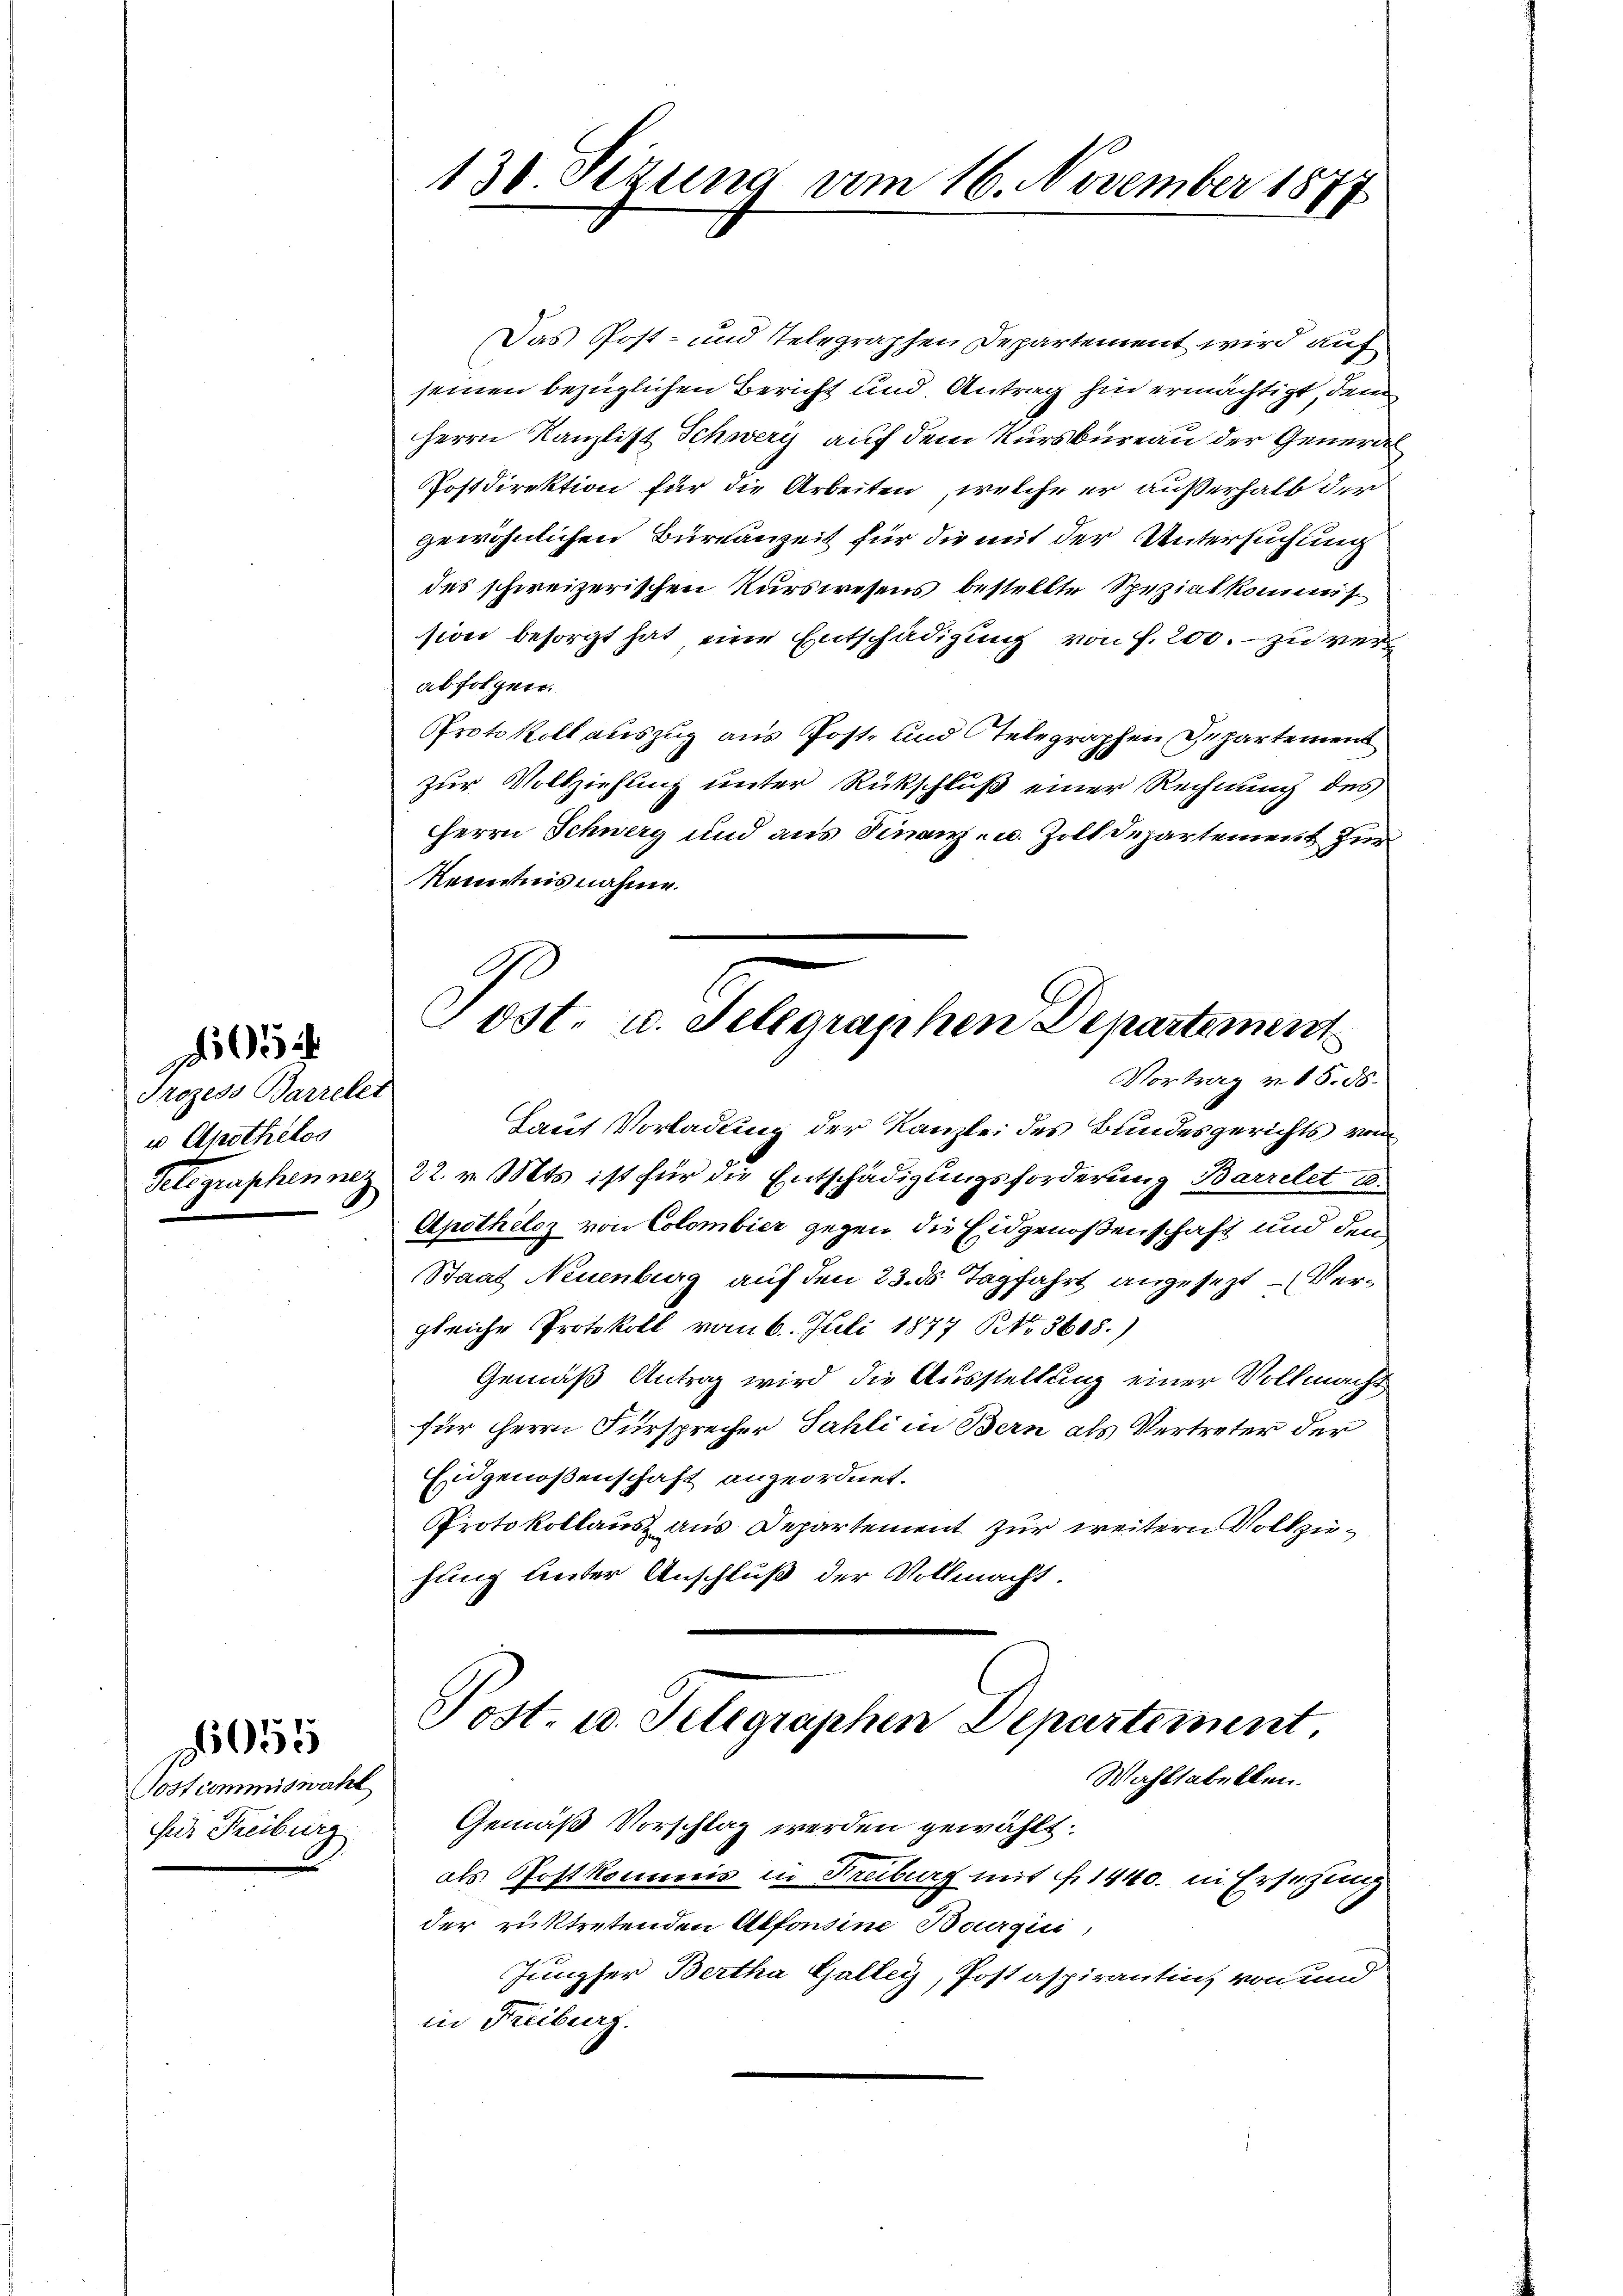
Prozess Barrelet
u Apothelos

Sostcommiswahl
für Freiburg

1055

130. Sizung vom 16. November 1877

Das Post- und Telegraphen Departement wird auf
seinen bezüglichen Bericht und Antrag hin ermächtigt, dem
Herrn Kanzlist Schwerz auf dem Kursbureau der Generde
Postdirektion für die Arbeiten, welche er außerhalb der
gewöhnlichen Bureauzeit für die mit der Untersuchung
des schweizerischen Kurswesens bestellte Speziatkommission besorgt hat eine Entschädigung von f. 200. zu verabfolgen.
Protokoll auszug aus Post, und telegraphen Departement
zur Vollziehung unter Rückschluß einer Rechnung des
Herrn Schwerg und aus Finanz- u. Zoll Departement zur
Kenntnisnahme.
Laut Vorladung der Kanzlei des Bundesgerichts von
Telegraphennez 22. v. Mts. ist für die Entschädigungsforderung Barrelet u.
Apothelos von Colombier gegen die Eidgenoßenschaft und dem
Staat Neuenburg auf den 23. ds Tagfahrt angesezt – (Vergleiche Protokoll vom 6. Juli 1877 No 3605.)
Gemäß Antrag wird die Ausstellung einer Vollmacht
für Herrn Fürsprecher Fahli in Bern als Vertreter der
Eidgenoßenschaft angeordnet.
Protokollaus aus Departement zur weitern Volk zufung unter Anschluß der Vollmacht.
Post- u. Seligraphen Departement.
Wahltabellen.
Gemäß Vorschlag werden gewählt:
als Postkommis in Freiburg mit f. 1440. in Ersetzung
der rücktretenden Alfonsine Bourqui,
Jungfer Bertha Galley, Postaspirantin, von und
in Freiburg.

Post. u. Selegraphen Departement
Vortrag v. 15. ds.